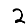
Digit: 2